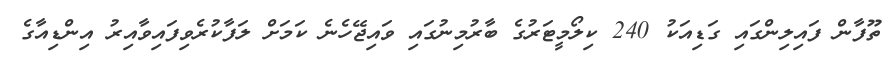
ތޫފާން ފައިލިންގައި ގަޑިއަކު 240 ކިލޯމީޓަރުގެ ބާރުމިނުގައި ވައިޖޭހެނެ ކަމަށް ލަފާކުރެވިފައިވާއިރު އިންޑިއާގެ